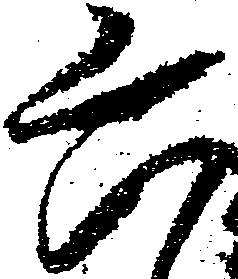
六